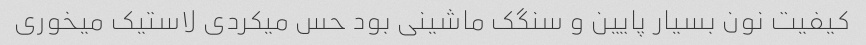
کیفیت نون بسیار پایین و سنگک ماشینی بود حس میکردی لاستیک میخوری